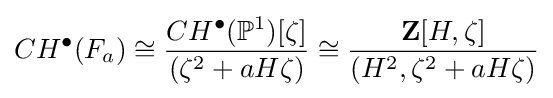
CH^{\bullet }(F_{a})\cong {\frac {CH^{\bullet }(\mathbb {P} ^{1})[\zeta ]}{(\zeta ^{2}+aH\zeta )}}\cong {\frac {\mathbf {Z} [H,\zeta ]}{(H^{2},\zeta ^{2}+aH\zeta )}}